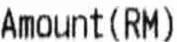
AMOUNT (RM)